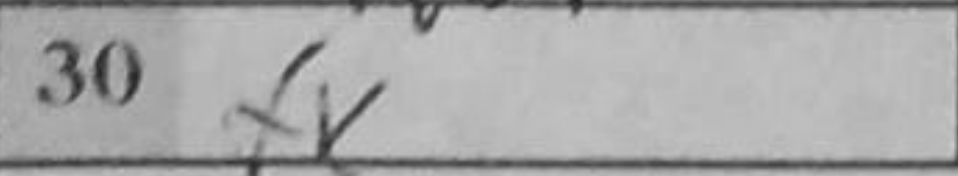
Transcription: fx